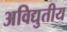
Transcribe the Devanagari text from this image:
अविद्युतीय